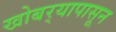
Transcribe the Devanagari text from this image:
खोबर्‍यापासून